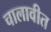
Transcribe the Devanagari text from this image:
चालावीत